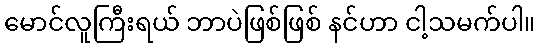
မောင်လူကြီးရယ် ဘာပဲဖြစ်ဖြစ် နင်ဟာ ငါ့သမက်ပါ။